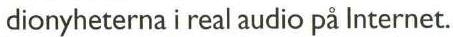
 dionyheterna i real audio på Internet.